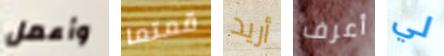
وأعمل قمتما أريد أعرف لي